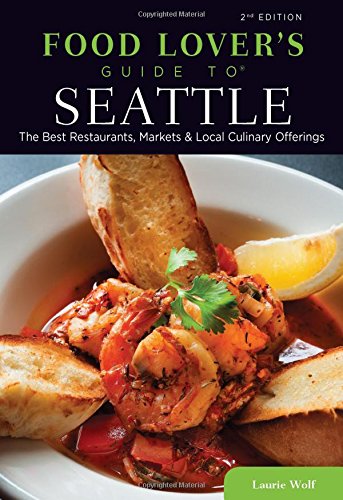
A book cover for Food Lovers' Guide toÂ® Seattle: The Best Restaurants, Markets & Local Culinary Offerings (Food Lovers' Series); Laurie Wolf; Cookbooks, Food & Wine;